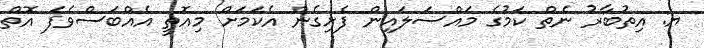
ޔ: އިތުބާރު ނެތް ކަމުގެ މައްސަލައިން ފެށިގެން އެކަމަށް މިއޮތީ އެއްބަސްވެފަ އޮތް